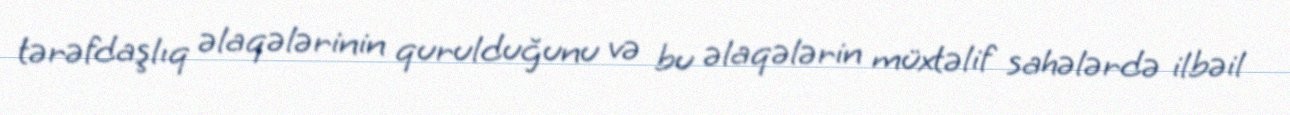
tərəfdaşlıq əlaqələrinin qurulduğunu və bu əlaqələrin müxtəlif sahələrdə ilbəil